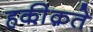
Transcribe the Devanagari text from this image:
हकी़क़ते